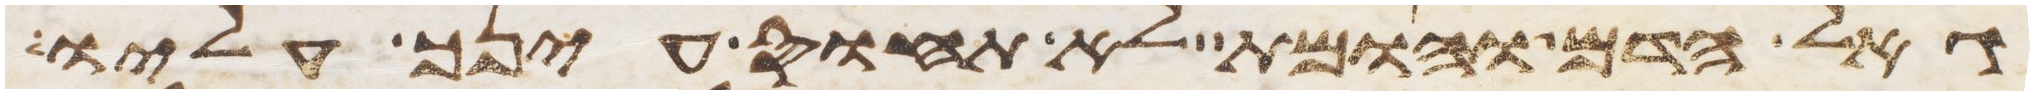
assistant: גאל הדם והומת לא תחוס עינך עליו